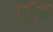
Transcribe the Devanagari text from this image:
दॉर्से